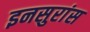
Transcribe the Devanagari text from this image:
इनसुरांस